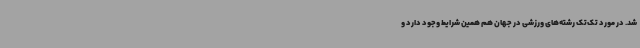
شد. در مورد تک‌تک رشته‌های ورزشی در جهان هم همین شرایط وجود دارد و